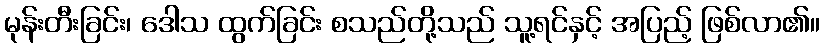
မုန်းတီးခြင်း၊ ဒေါသ ထွက်ခြင်း စသည်တို့သည် သူ့ရင်နှင့် အပြည့် ဖြစ်လာ၏။